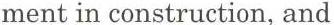
ment in construction, and